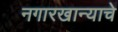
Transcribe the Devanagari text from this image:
नगारखान्याचे